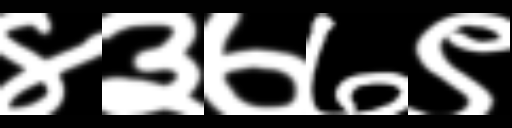
Text: ४३७७९